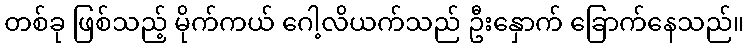
တစ်ခု ဖြစ်သည့် မိုက်ကယ် ဂေါ့လိယက်သည် ဦးနှောက် ခြောက်နေသည်။